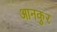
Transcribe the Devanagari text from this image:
आनकुर